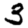
Digit: 3